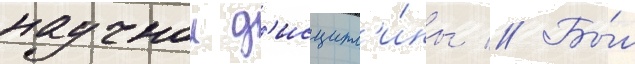
научнои д'исципл'и́ны // Бы́л